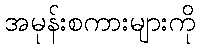
အမုန်းစကားများကို